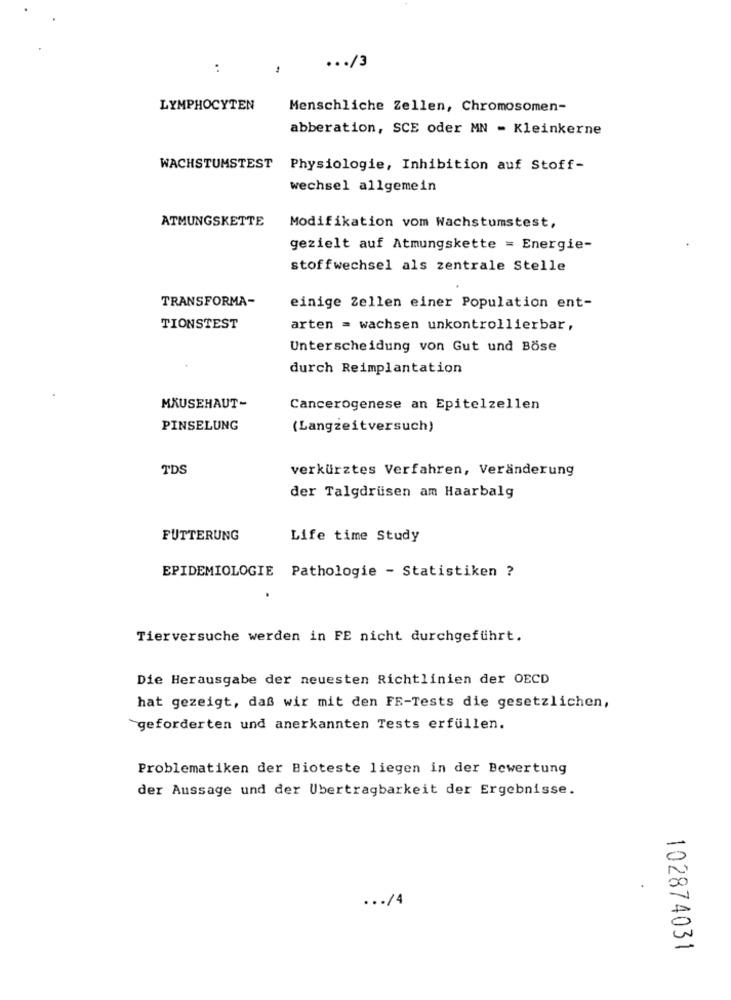
... /3
:
1
LYMPHOCYTEN
Menschliche Zellen, Chromosomen-
abberation, SCE oder MN - Kleinkerne
WACHSTUMSTEST
Physiologie, Inhibition auf Stoff-
wechsel allgemein
ATMUNGSKETTE
Modifikation vom Wachstumstest,
gezielt auf Atmungskette = Energie-
stoffwechsel als zentrale Stelle
TRANSFORMA-
einige Zellen einer Population ent-
TIONSTEST
arten = wachsen unkontrollierbar,
Unterscheidung von Gut und Böse
durch Reimplantation
MÄUSEHAUT-
Cancerogenese an Epitelzellen
PINSELUNG
(Langzeitversuch)
TDS
verkürztes Verfahren, Veränderung
der Talgdrüsen am Haarbalg
FUTTERUNG
Life time Study
EPIDEMIOLOGIE Pathologie - Statistiken ?
Tierversuche werden in FE nicht durchgeführt.
Die Herausgabe der neuesten Richtlinien der OECD
hat gezeigt, daß wir mit den FE-Tests die gesetzlichen,
`geforderten und anerkannten Tests erfüllen.
Problematiken der Bioteste liegen in der Bewertung
der Aussage und der Übertragbarkeit der Ergebnisse.
... /4
102874031